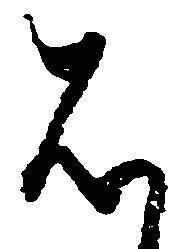
は